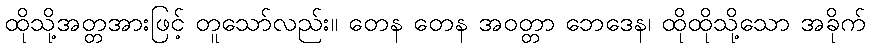
ထိုသို့အတ္တအားဖြင့် တူသော်လည်း။ တေန တေန အဝတ္တာ ဘေဒေန၊ ထိုထိုသို့သော အခိုက်